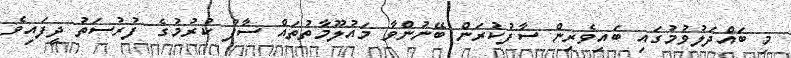
މި ބައްދަލުވުމުގައި ބައިވެރިން ސާފުކުރަން ބޭނުންވާ މައުލޫމާތުތައް ސާފު ކުރުމުގެ ފުރުސަތު ދީފައިވެ